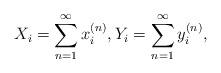
LaTeX: \begin{align*}X_i =\sum_{n=1}^\infty x_i^{(n)},Y_i =\sum_{n=1}^\infty y_i^{(n)},\end{align*}